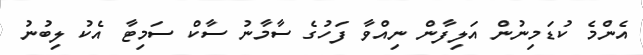
އެންމެ ކުޑަމިނުން އަލިފާން ނިއްވާ ފަހުގެ ސާމާނު ސާކް ސަމިޓާ އެކު ލިބުނު